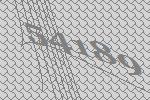
54189